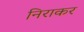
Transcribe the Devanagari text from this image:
निराकर